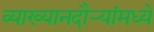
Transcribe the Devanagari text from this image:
व्याख्यानदौर्‍यांमध्ये